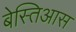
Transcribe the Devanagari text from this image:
बेस्तिआस